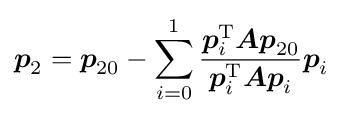
{\boldsymbol {p}}_{2}={\boldsymbol {p}}_{20}-\sum _{i=0}^{1}{\frac {{\boldsymbol {p}}_{i}^{\mathrm {T} }{\boldsymbol {Ap}}_{20}}{{\boldsymbol {p}}_{i}^{\mathrm {T} }{\boldsymbol {Ap}}_{i}}}{\boldsymbol {p}}_{i}